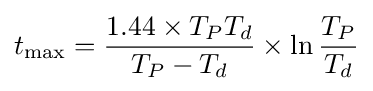
t_{\max }={\frac {1.44\times T_{P}T_{d}}{T_{P}-T_{d}}}\times \ln {\frac {T_{P}}{T_{d}}}